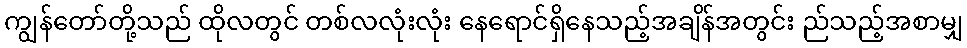
ကျွန်တော်တို့သည် ထိုလတွင် တစ်လလုံးလုံး နေရောင်ရှိနေသည့်အချိန်အတွင်း ည်သည့်အစာမျှ